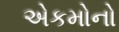
એકમોનો